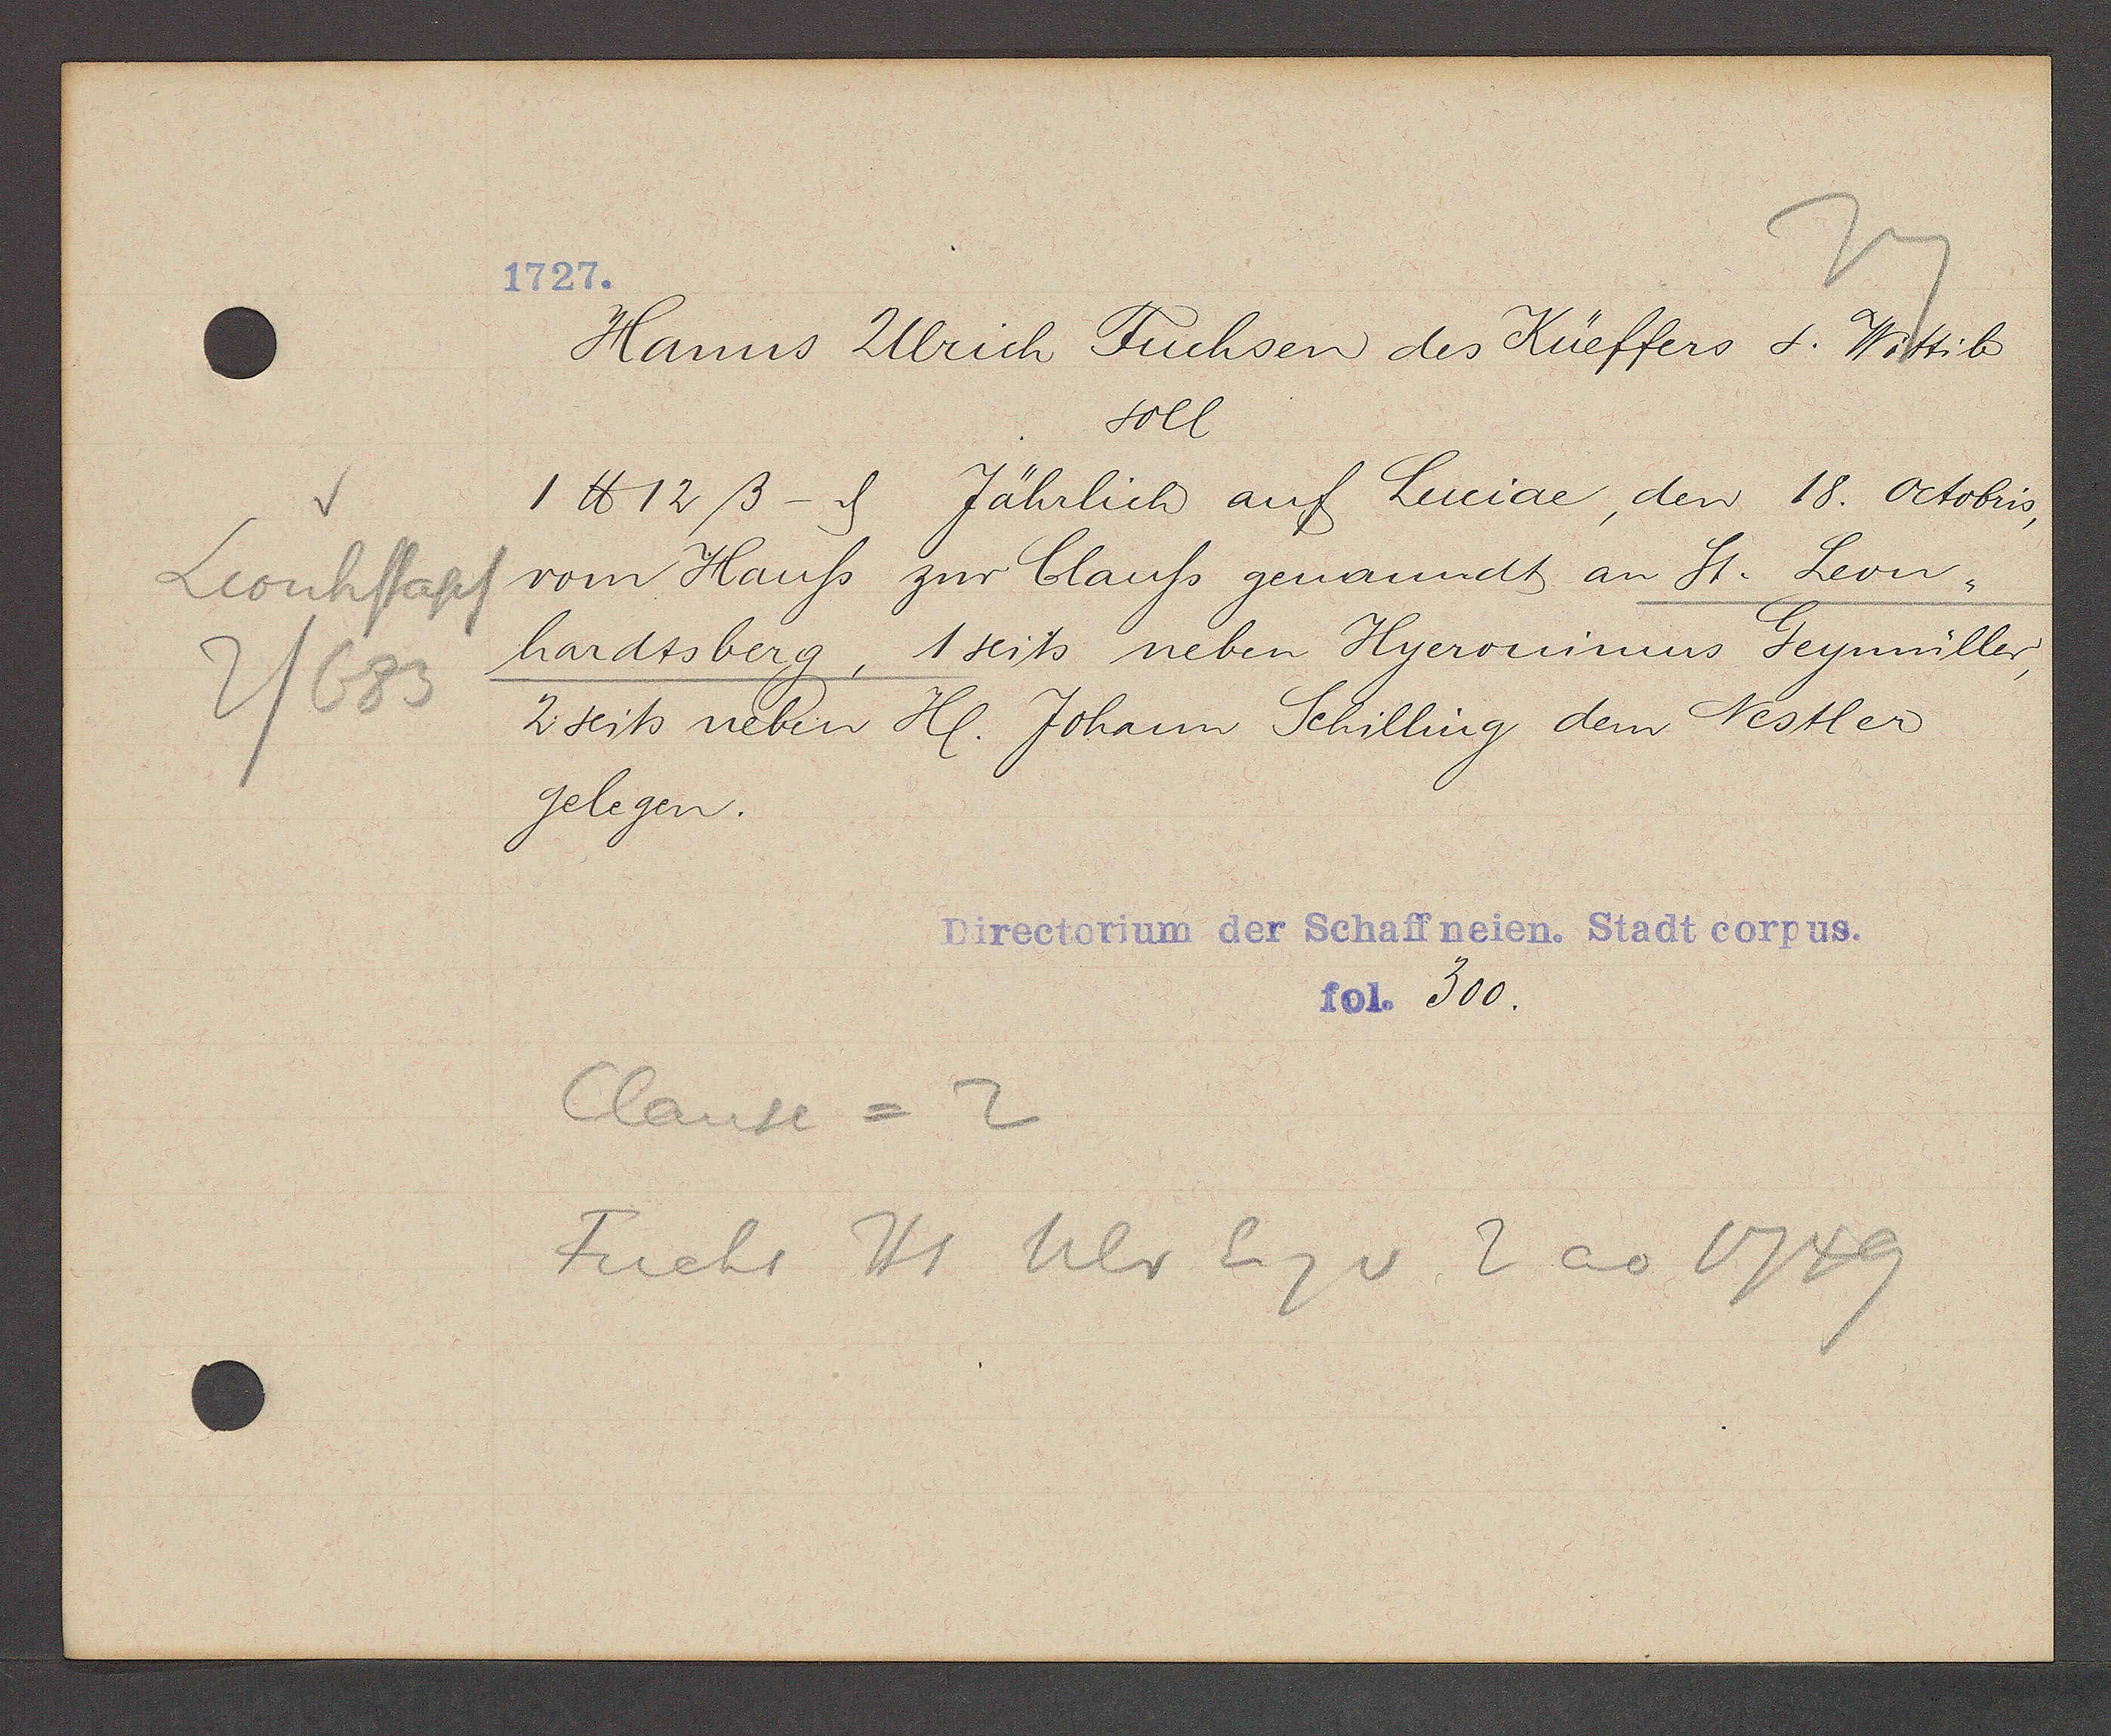
Transcript:
Leonhstapf
2/683

1727.

Hanns Ulrich Fuchsen des Küeffers & Wittib
soll
1 ℔ 12 ß- ȡ Jährlich auf Luciae, den 18. Octobis,
vom Hauss zur Clauss genanndt an St. Leon¬
hardtsberg, 1 seits neben Hyeronimus Geymüller,
2 seits neben Hl. Johann Schilling dem Nestler
gelegen.

Directorium der Schaffneien. Stadt corpus.
fol. 300.

Clause = 2
Fuchs Hs Ulr Eig v 2 ao 1749